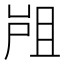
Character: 𡲂